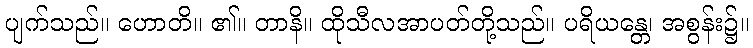
ပျက်သည်။ ဟောတိ။ ၏။ တာနိ။ ထိုသီလအာပတ်တို့သည်။ ပရိယန္တေ၊ အစွန်း၌။